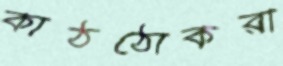
কাঠঠোকরা